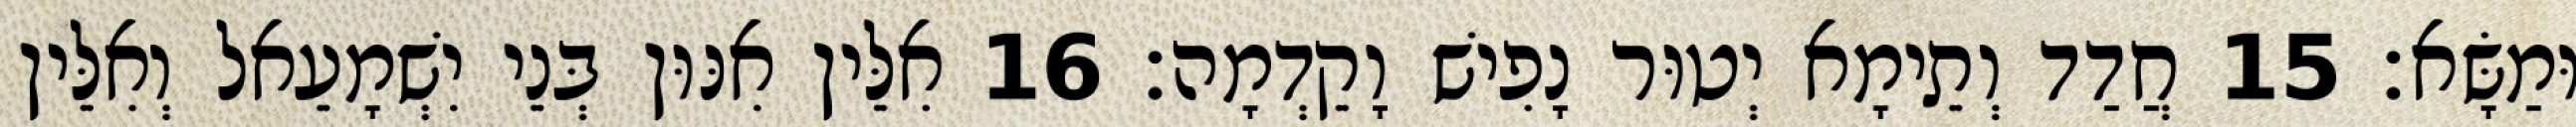
וּמַשָּׂא׃ 15 חֲדַד וְתֵימָא יְטוּר נָפִישׁ וָקֵדְמָה׃ 16 אִלֵּין אִנּוּן בְּנֵי יִשְׁמָעֵאל וְאִלֵּין